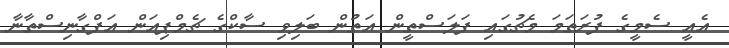
އެއީ ސެމީގެ ފުރަތަމަ މެޗުގައި ފަލަސްތީން އަތުން ބަލިވި ސާކްގެ ޗެމްޕިއަން އަފްގާނިސްތާނާ